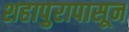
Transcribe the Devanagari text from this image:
शहापुरापासून